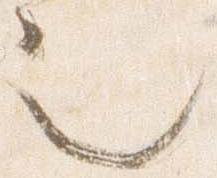
也